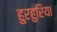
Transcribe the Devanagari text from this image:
हुरहुरिया